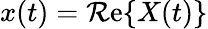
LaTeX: x(t)=\operatorname{\mathcal{R}e}\{ X(t)\}